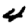
Digit: 4